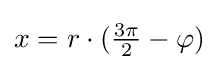
x=r\cdot ({\tfrac {3\pi }{2}}-\varphi )